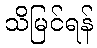
သိမြင်ရန်